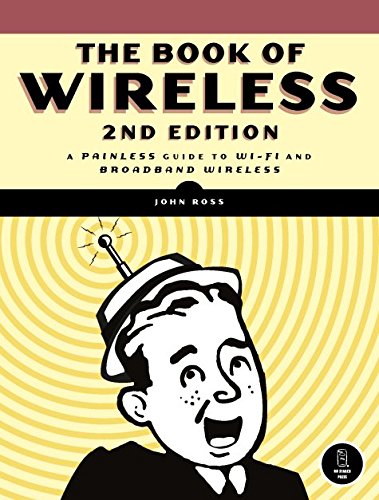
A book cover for The Book of Wireless: A Painless Guide to Wi-Fi and Broadband Wireless; John Ross; Computers & Technology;